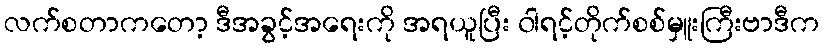
လက်စတာကတော့ ဒီအခွင့်အရေးကို အရယူပြီး ၀ါရင့်တိုက်စစ်မှူးကြီးဗာဒီက